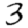
Digit: 3